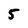
Character: 5